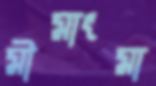
মীমাংমা